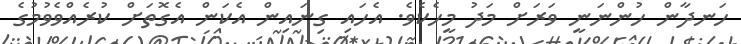
ހަނދާން ހުންނަނީ ވަރަށް މަދު މީހެކެވެ. އެހައި ގިނައިން އެކަން އެގޮތަށް ކުރެއްވެވުމުގެ